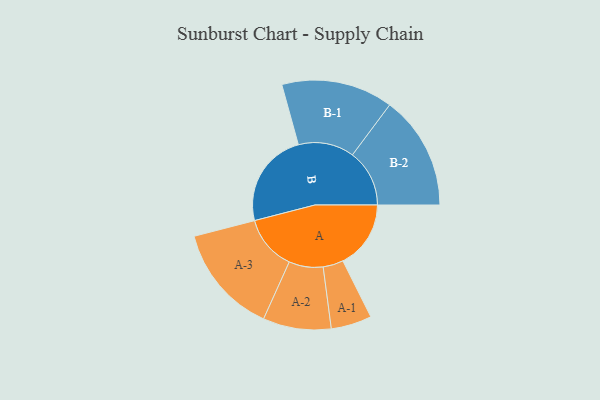
{"axis": {"x": "Segment", "y": "Value"}, "legend": ["", "A", "B"], "data": [{"x": "A", "y": 337, "type": ""}, {"x": "B", "y": 473, "type": ""}, {"x": "A-1", "y": 101, "type": "A"}, {"x": "A-2", "y": 169, "type": "A"}, {"x": "A-3", "y": 272, "type": "A"}, {"x": "B-1", "y": 277, "type": "B"}, {"x": "B-2", "y": 283, "type": "B"}]}